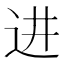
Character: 进